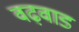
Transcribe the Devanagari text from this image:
वढ़वाड